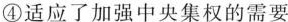
④适应了加强中央集权的需要